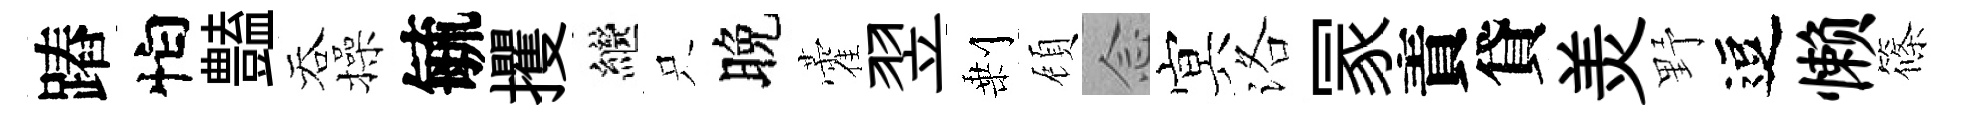
蹖怕𧰟吞操毓攫繼只晚藿翌剰頋𫝹㝠洛冡責貸羙野逗懒篠